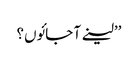
’’لینے آ جائوں؟